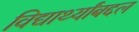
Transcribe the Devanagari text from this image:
विद्यार्थ्यांबद्दल